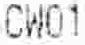
CW01